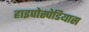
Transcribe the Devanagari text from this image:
हाइपोस्पेडियास